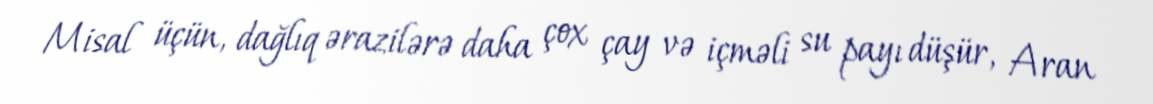
Misal üçün, dağlıq ərazilərə daha çox çay və içməli su payı düşür, Aran